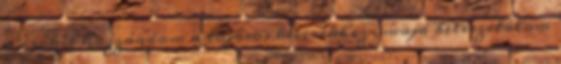
a csokit hozzáadom a tojásos keverékhez , majd beleszitálom